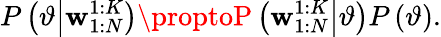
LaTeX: P\left(\vartheta\middle|\mathbf{w}_{1:N}^{1:K}\right)\proptoP\left(\mathbf{w}_{1:N}^{1:K}\middle|\vartheta\right)P\left(\vartheta\right).